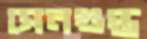
সেনগুপ্ত